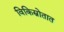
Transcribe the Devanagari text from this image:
विकिस्रोतात